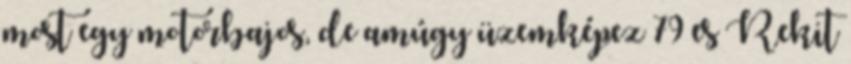
most egy motorbajos, de amúgy üzemképez 79 es Rekit